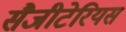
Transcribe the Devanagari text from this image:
सैजीटेरियस